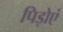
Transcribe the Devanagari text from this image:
पिड़ोएं